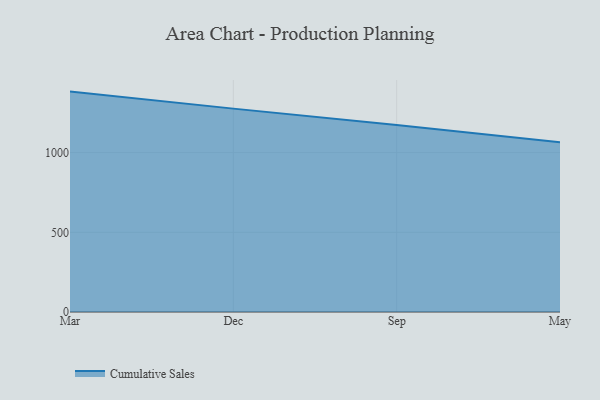
{"axis": {"x": "Month", "y": "Humidity (%)"}, "legend": ["Cumulative Sales"], "data": [{"x": "Mar", "y": 1382.6, "type": "Cumulative Sales"}, {"x": "Dec", "y": 1275.8, "type": "Cumulative Sales"}, {"x": "Sep", "y": 1173.8, "type": "Cumulative Sales"}, {"x": "May", "y": 1065.2, "type": "Cumulative Sales"}]}